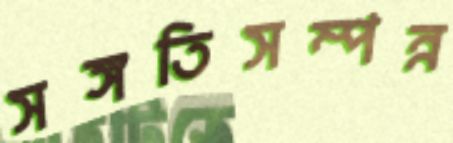
সঙ্গতিসম্পন্ন